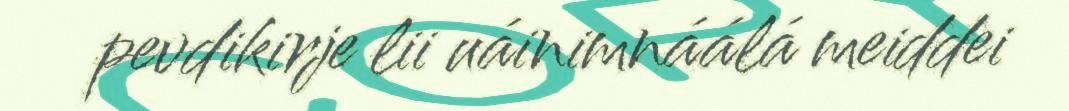
pevdikirje lii uáinimnáálá meiddei